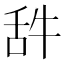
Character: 𦧋